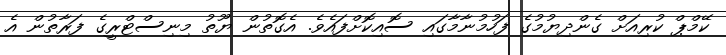
ކޭމްޕް ކުރިއަށް ގެންދިޔުމުގެ ފަހުމުނާމާގައި ސޮއިކޮށްފައެވެ. އެގޮތުން ޔޫތު މިނިސްޓްރީގެ ފަރާތުން އެ